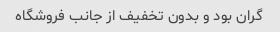
گران بود و بدون تخفیف از جانب فروشگاه